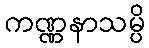
ကဏ္ဏနာသမ္ပိ